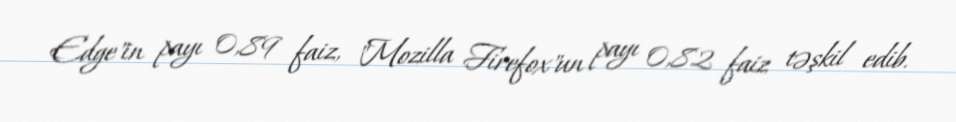
Edge"in payı 0,89 faiz, "Mozilla Firefox"un payı 0,82 faiz təşkil edib.